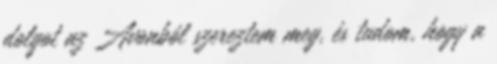
dolgot az Avonból szereztem meg, és tudom, hogy a